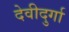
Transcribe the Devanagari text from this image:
देवीदुर्गा